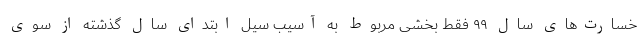
خسارت‌های سال ۹۹ فقط بخشی مربوط به آسیب سیل ابتدای سال گذشته از سوی